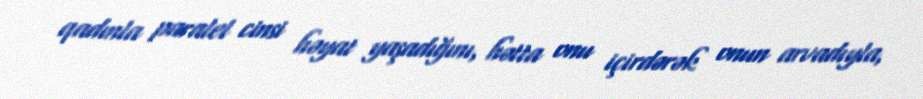
qadınla paralel cinsi həyat yaşadığını, hətta onu içirdərək onun arvadıyla,